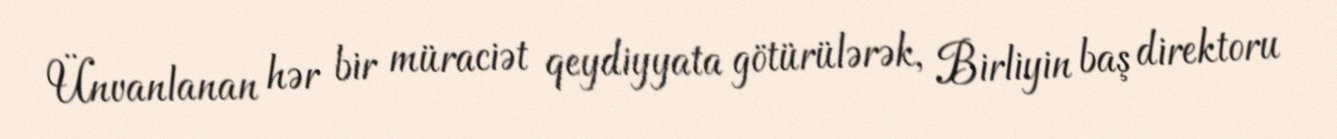
Ünvanlanan hər bir müraciət qeydiyyata götürülərək, Birliyin baş direktoru